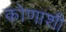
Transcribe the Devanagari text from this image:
कोणाशी